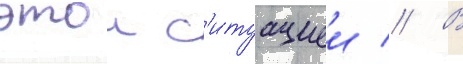
этои с'итуациеи // В